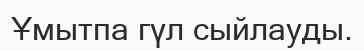
Ұмытпа гүл сыйлауды.